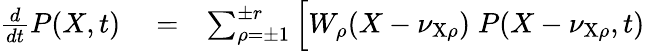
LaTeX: \begin{array}{rlr}{\frac{d}{dt}P(X,t)}&{{}=}&{\sum_{\rho=\pm 1}^{\pm r}\Big[W_{\rho}(X-\nu_{\mathrm{X}\rho})\; P(X-\nu_{\mathrm{X}\rho},t)}\end{array}